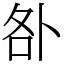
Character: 𠧨